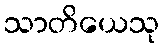
သာတိယေသု